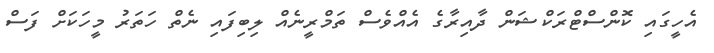
އެހީގައި ކޮންސްޓްރަކްޝަން ދާއިރާގެ އެއްވެސް ތަމްރީނެއް ލިބިފައި ނެތް ހަތަރު މީހަކަށް ފަސް